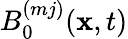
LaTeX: B_{0}^{(mj)}(\mathbf{x},t)